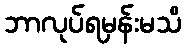
ဘာလုပ်ရမှန်းမသိ